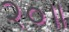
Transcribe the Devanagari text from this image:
२०॥